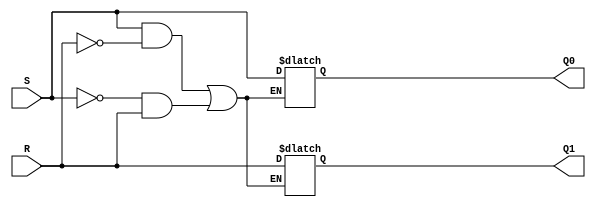
module sr_nor(input S, input R, output reg Q0, output reg Q1);
  always @(S, R) begin
  if ( (S && !R) || (!S && R)) begin
    Q0 <= S;
    Q1 <= R;
  end
end

endmodule